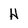
Character: H